Annual report on the working of the lock hospitals in the North-Western Provinces and Oudh
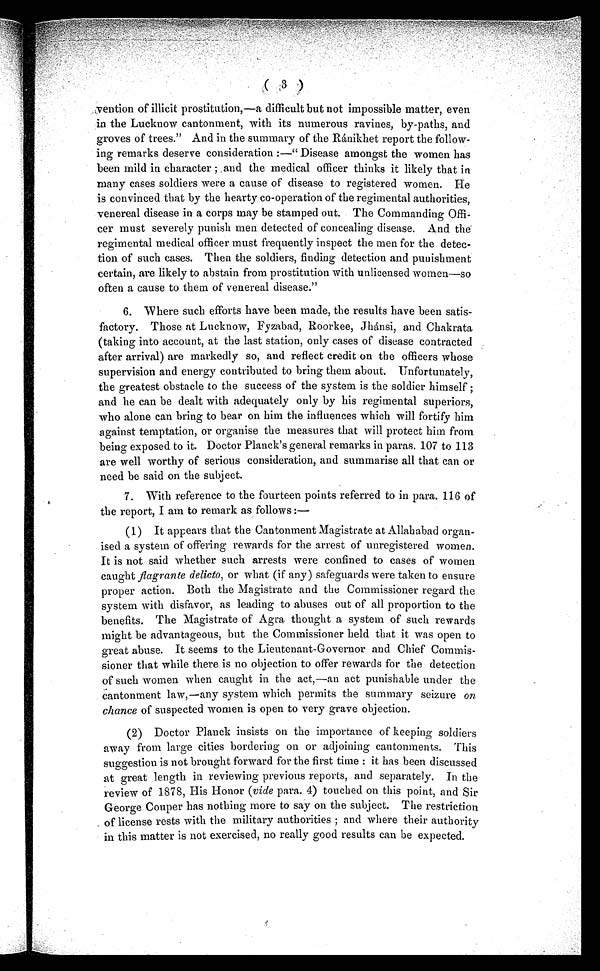
( 3 )
vention of illicit prostitution,—a difficult but not impossible matter, even
in the Lucknow cantonment, with its numerous ravines, by-paths, and
groves of trees." And in the summary of the Ránikhet report the follow-
ing remarks deserve consideration :—" Disease amongst the women has
been mild in character ; and the medical officer thinks it likely that in
many cases soldiers were a cause of disease to registered women. He
is convinced that by the hearty co-operation of the regimental authorities,
venereal disease in a corps may be stamped out. The Commanding Offi-
cer must severely punish men detected of concealing disease. And the
regimental medical officer must frequently inspect the men for the detec-
tion of such cases. Then the soldiers, finding detection and punishment
certain, are likely to abstain from prostitution with unlicensed women—so
often a cause to them of venereal disease."
6. Where such efforts have been made, the results have been satis-
factory. Those at Lucknow, Fyzabad, Roorkee, Jhánsi, and Chakrata
(taking into account, at the last station, only cases of disease contracted
after arrival) are markedly so, and reflect credit on the officers whose
supervision and energy contributed to bring them about. Unfortunately,
the greatest obstacle to the success of the system is the soldier himself ;
and he can be dealt with adequately only by his regimental superiors,
who alone can bring to bear on him the influences which will fortify him
against temptation, or organise the measures that will protect him from
being exposed to it. Doctor Planck's general remarks in paras. 107 to 113
are well worthy of serious consideration, and summarise all that can or
need be said on the subject.
7. With reference to the fourteen points referred to in para. 116 of
the report, I am to remark as follows :
—
(1) It appears that the Cantonment Magistrate at Allahabad organ-
ised a system of offering rewards for the arrest of unregistered women.
It is not said whether such arrests were confined to cases of women
caught flagrante delicto, or what (if any) safeguards were taken to ensure
proper action. Both the Magistrate and the Commissioner regard the
system with disfavor, as leading to abuses out of all proportion to the
benefits. The Magistrate of Agra thought a system of such rewards
might be advantageous, but the Commissioner held that it was open to
great abuse. It seems to the Lieutenant-Governor and Chief Commis-
sioner that while there is no objection to offer rewards for the detection
of such women when caught in the act,—an act punishable under the
cantonment law,—any system which permits the summary seizure on
chance of suspected women is open to very grave objection.
(2) Doctor Planck insists on the importance of keeping soldiers
away from large cities bordering on or adjoining cantonments. This
suggestion is not brought forward for the first time : it has been discussed
at great length in reviewing previous reports, and separately. In the
review of 1878, His Honor (vide para. 4) touched on this point, and Sir
George Couper has nothing more to say on the subject. The restriction
of license rests with the military authorities ; and where their authority
in this matter is not exercised, no really good results can be expected.